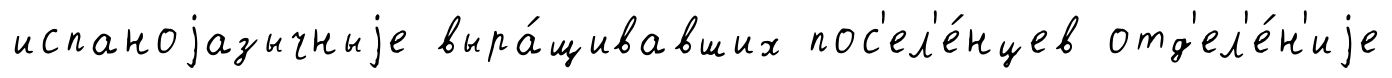
испаноjазычныjе выра́щивавших пос'ел'е́нцев отд'ел'е́н'иjе